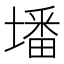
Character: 墦